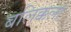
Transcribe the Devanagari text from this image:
बलिक्कला